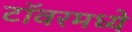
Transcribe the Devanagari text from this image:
टॉवरमध्ये